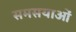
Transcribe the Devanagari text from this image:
समसयाओं